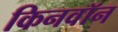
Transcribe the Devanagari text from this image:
किनवॉन